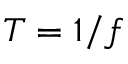
T = 1 / f